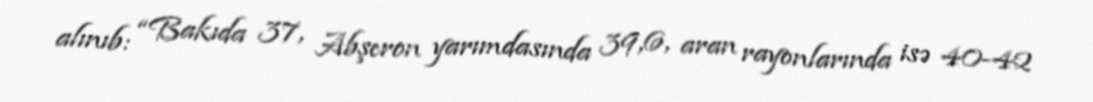
alınıb: “Bakıda 37, Abşeron yarımdasında 39,6, aran rayonlarında isə 40-42